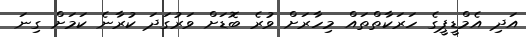
އަދި އެމްޑީޕީގެ ހަރަކާތްތައް މިހާރަށް ވުރެ ބޮޑަށް ވަރުގަދަ ކުރާނެ ކަމަށް ގިނަ